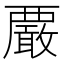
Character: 𧠀